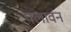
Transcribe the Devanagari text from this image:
पलावन